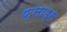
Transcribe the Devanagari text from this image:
फ़साड्स